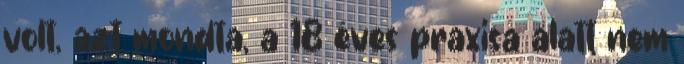
volt, azt mondta, a 18 éves praxisa alatt nem